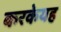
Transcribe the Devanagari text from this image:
करकेयह